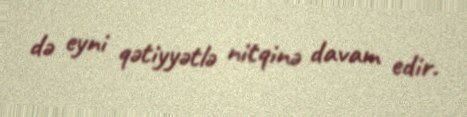
də eyni qətiyyətlə nitqinə davam edir.